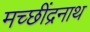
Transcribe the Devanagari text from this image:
मच्छींद्रनाथ